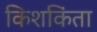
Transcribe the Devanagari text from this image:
किशकिंता